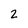
Character: 2